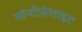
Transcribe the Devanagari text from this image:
मॉन्टीसेलाइट